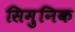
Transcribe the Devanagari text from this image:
सिमुनिक